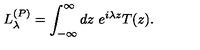
L _ { \lambda } ^ { ( P ) } = \int _ { - \infty } ^ { \infty } d z \ e ^ { i \lambda z } T ( z ) .